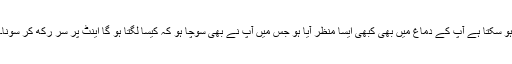
ہو سکتا ہے آپ کے دماغ میں بھی کبھی ایسا منظر آیا ہو جس میں آپ نے بھی سوچا ہو کہ کیسا لگتا ہو گا اینٹ پر سر رکھ کر سونا۔